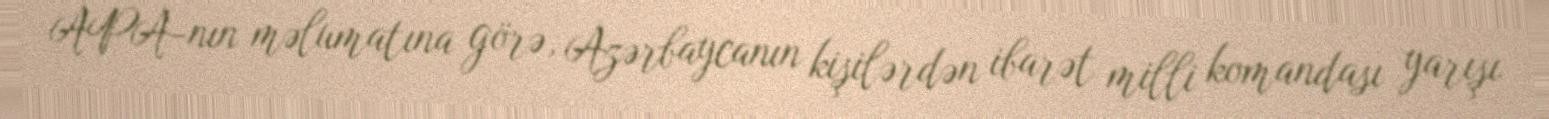
APA-nın məlumatına görə, Azərbaycanın kişilərdən ibarət milli komandası yarışı